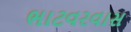
ભાટવરવાસ